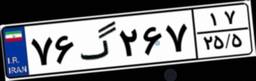
۷۶گ۲۶۷۱۷